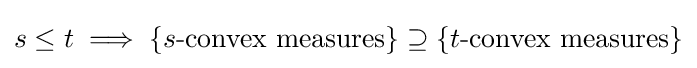
s\leq t\implies \{s{\text{-convex measures}}\}\supseteq \{t{\text{-convex measures}}\}